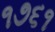
૧૭૬૧